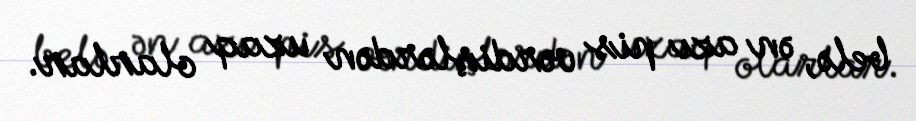
belə, ən azı pis vərdişlərdən uzaq olarlar.